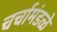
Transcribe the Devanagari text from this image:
चर्चामंडळे